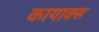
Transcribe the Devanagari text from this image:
कायाक्स